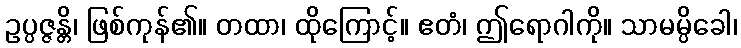
ဥပ္ပဇ္ဇန္တိ၊ ဖြစ်ကုန်၏။ တထာ၊ ထိုကြောင့်။ ဧတံ၊ ဤရောဂါကို။ သာမမ္ပိခေါ၊